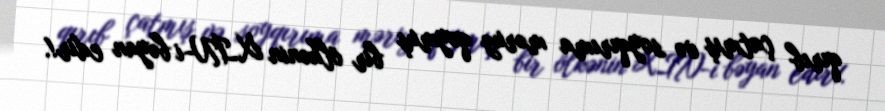
qırıb çatmış və soyqırıma məruz qoymuş bir ölkənin XİN-i bəyan edir!.